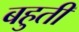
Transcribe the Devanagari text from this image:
बहुती